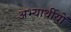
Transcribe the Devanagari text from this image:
अभ्यार्थीयों